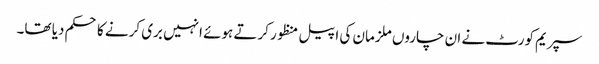
سپریم کورٹ نے ان چاروں ملزمان کی اپیل منظور کرتے ہوئے انہیں بری کرنے کا حکم دیا تھا۔